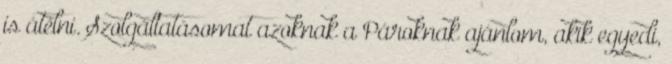
is átélni. Szolgáltatásomat azoknak a Pároknak ajánlom, akik egyedi,